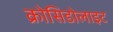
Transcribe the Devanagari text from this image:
क्रोसिडोलाइट